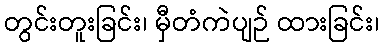
တွင်းတူးခြင်း၊ မှီတံကဲပျဉ် ထားခြင်း၊